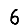
Digit: 6